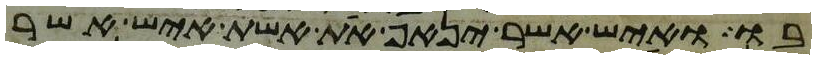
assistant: בו ואיש אשר ינאף את אשת איש אשר